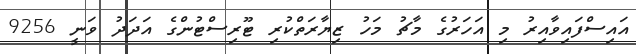
އައިސްފައިވާއިރު މި އަހަރުގެ މާޗު މަހު ޒިޔާރަތްކުރި ޓޫރިސްޓުންގެ އަދަދު ވަނީ 9256